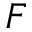
F